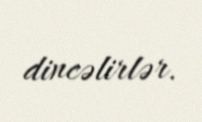
dincəlirlər.